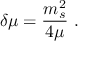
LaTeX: \delta \mu = \frac { m _ { s } ^ { 2 } } { 4 \mu } \ .